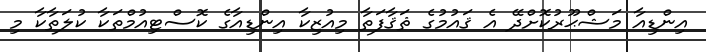
އިންޑިއާ މަޝްޙޫރުކޮށްދޭ އެ ޤައުމުގެ ޘަޤާފަތާ މިއުޒިކާ އިންޑިއާގެ ކޮސްޓިއުމްތަކާ ކުލަތާކާ މި